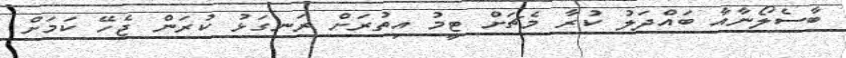
ބާސެލޯނާއާ ބައްދަލު ކުރާ މެޗަށް ޓީމު އިތުރަށް ރަނގަޅު ކުރަން ޖެހޭ ކަމަށް